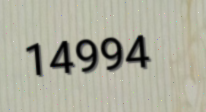
14994